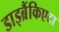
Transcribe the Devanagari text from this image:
डाइब्रैंकिएटा